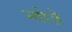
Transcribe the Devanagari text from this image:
न्योज़े